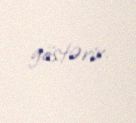
göstərir.